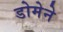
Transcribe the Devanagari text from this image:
डोमेने